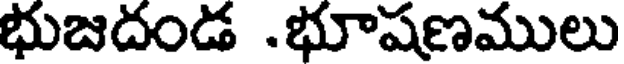
భుజదండ .భూషణములు